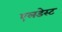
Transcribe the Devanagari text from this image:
एलडेस्ट